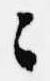
々